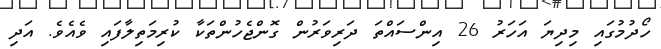
ހޯދުމުގައި މިދިޔަ އަހަރު 26 އިންސައްތަ ދަރިވަރުން ގޮންޖެހުންތަކާ ކުރިމަތިލާފައި ވެއެވެ. އަދި